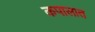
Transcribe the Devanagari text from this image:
कपालात